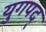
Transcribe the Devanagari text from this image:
युगपद्